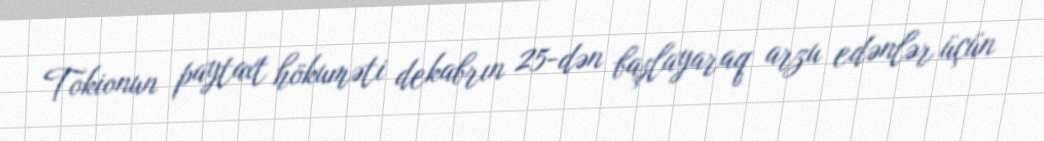
Tokionun paytaxt hökuməti dekabrın 25-dən başlayaraq arzu edənlər üçün